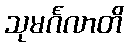
သုမင်္ဂလာတိ